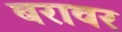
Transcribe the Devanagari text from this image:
बरावर